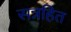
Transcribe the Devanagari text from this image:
सन्नहित